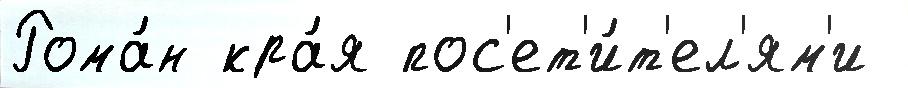
Рома́н кра́я пос'ет'и́т'ел'ям'и